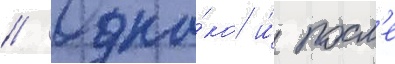
// Одна́ко и́ посл'е